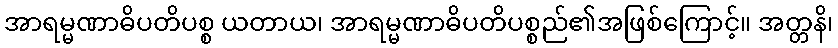
အာရမ္မဏာဓိပတိပစ္စ ယတာယ၊ အာရမ္မဏာဓိပတိပစ္စည်၏အဖြစ်ကြောင့်။ အတ္တနိ၊